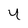
Character: 4